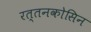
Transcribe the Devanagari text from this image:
रत्तनकोसिन